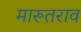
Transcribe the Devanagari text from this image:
मारूतराव